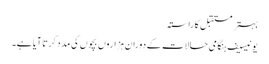
بہتر مستقبل کا راستہ
یونیسیف ہنگامی حالات کے دوران ہزاروں بچوں کی مدد کرتا آیا ہے۔